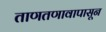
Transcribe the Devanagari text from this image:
ताणतणावापासून